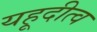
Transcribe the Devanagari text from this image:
यहूदीत्व